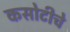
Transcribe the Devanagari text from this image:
कसोटीचे